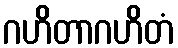
ဂဟိတာဂဟိတံ